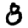
Digit: 8